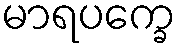
မာရပက္ခေ